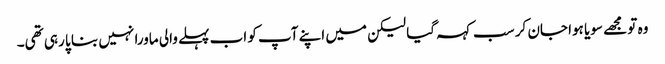
وہ تو مجھے سویا ہوا جان کر سب کہہ گیا لیکن میں اپنے آپ کو اب پہلے والی ماورا نہیں بنا پا رہی تھی۔